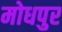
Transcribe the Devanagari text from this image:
मोधपुर